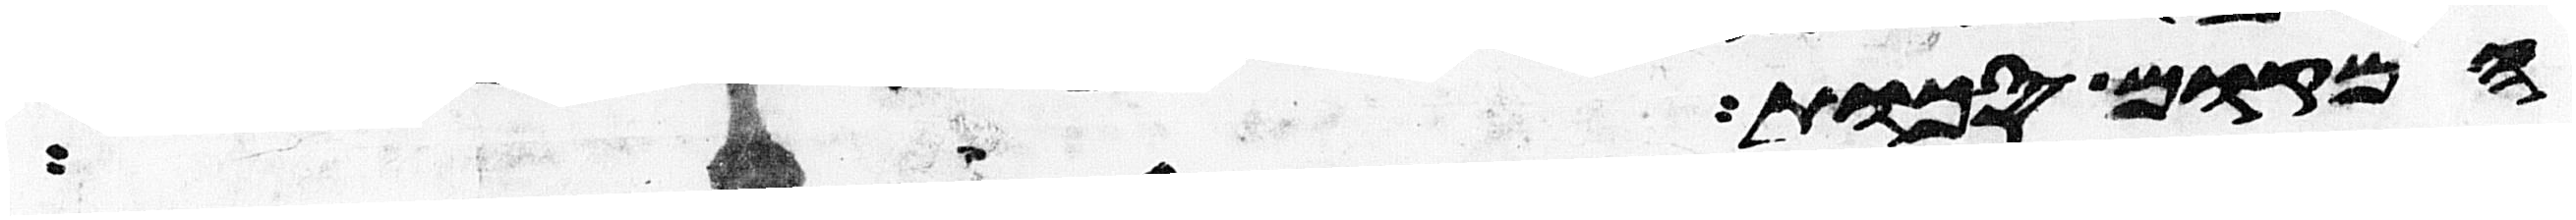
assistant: המקום סכות